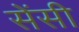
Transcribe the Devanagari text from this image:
सेंसी